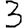
Digit: 3